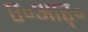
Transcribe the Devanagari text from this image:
ए॰आर्॰